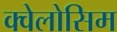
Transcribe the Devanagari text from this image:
क्वेलोसिम